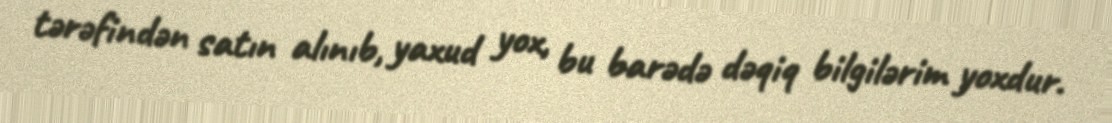
tərəfindən satın alınıb, yaxud yox, bu barədə dəqiq bilgilərim yoxdur.